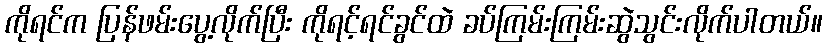
ကိုရင်က ပြန်ဖမ်းပွေ့လိုက်ပြီး ကိုရင့်ရင်ခွင်ထဲ ခပ်ကြမ်းကြမ်းဆွဲသွင်းလိုက်ပါတယ်။